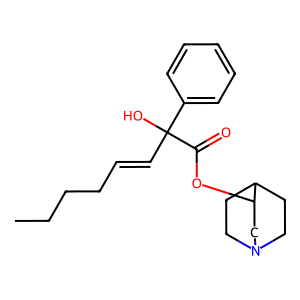
SMILES: CCCCC=CC(O)(C(=O)OC1CN2CCC1CC2)c1ccccc1
Inhibits HIV replication: No